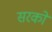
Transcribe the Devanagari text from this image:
सरको